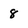
Character: 8